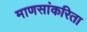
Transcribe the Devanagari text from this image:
माणसांकरिता